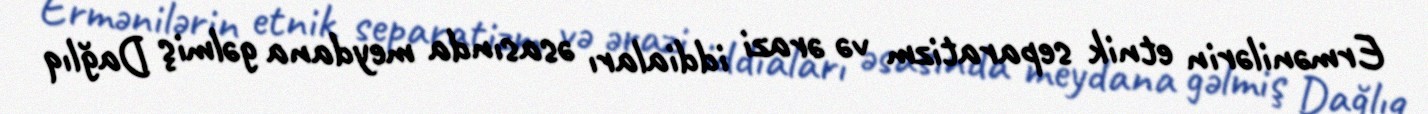
Ermənilərin etnik separatizm və ərazi iddiaları əsasında meydana gəlmiş Dağlıq